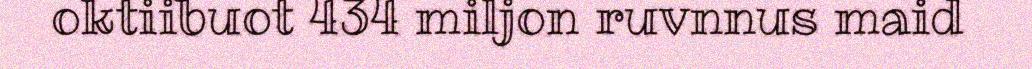
oktiibuot 434 miljon ruvnnus maid